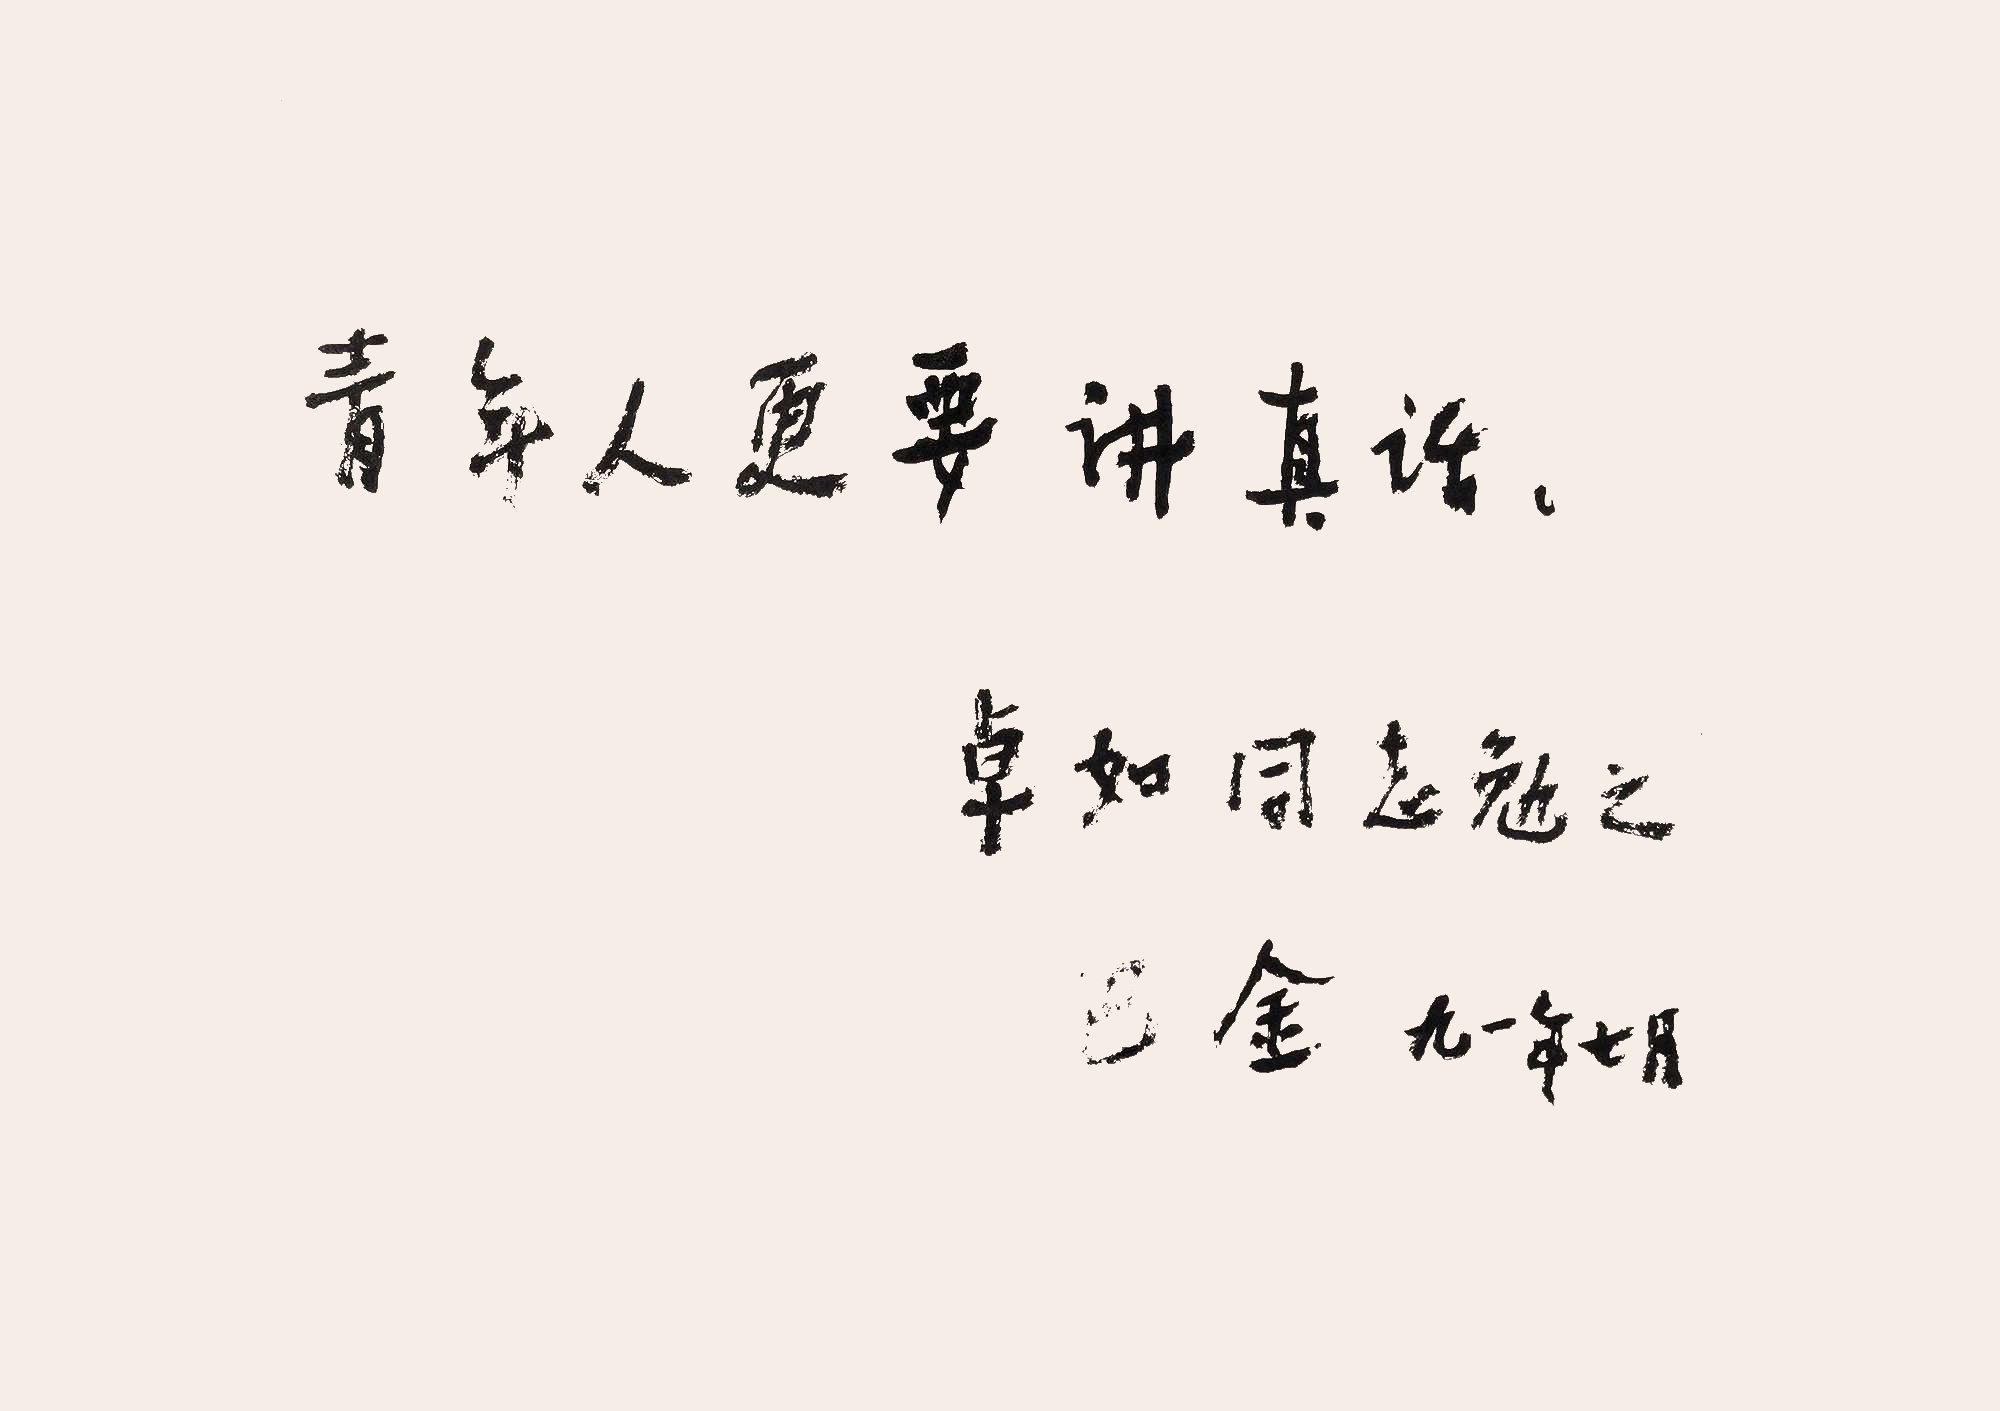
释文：青少年更要讲真话卓如同志勉之。巴金，九一年七月。